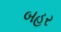
બહર